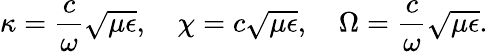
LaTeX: \kappa=\frac{c}{\omega}\sqrt{\mu\epsilon},\quad\chi=c\sqrt{\mu\epsilon},\quad\Omega=\frac{c}{\omega}\sqrt{\mu\epsilon}.